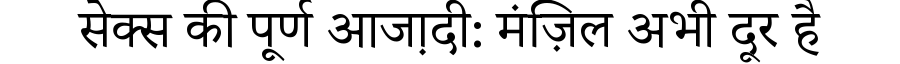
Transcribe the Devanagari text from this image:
सेक्स की पूर्ण आजा़दी: मंज़िल अभी दूर है